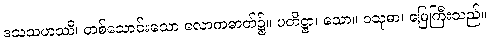
ဒသသဟဿိ၊ တစ်သောင်းသော လောကဓာတ်၌။ ပတိဋ္ဌာ၊ သော။ ဝသုဓာ၊ မြေကြီးသည်။